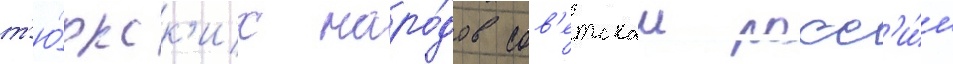
т'ю́ркск'их наро́дов сов'етскои росс'и́и